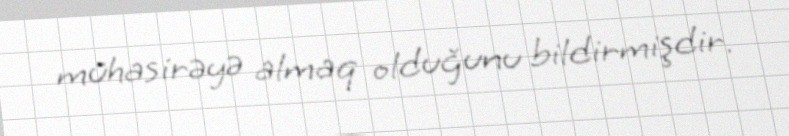
mühasirəyə almaq olduğunu bildirmişdir.